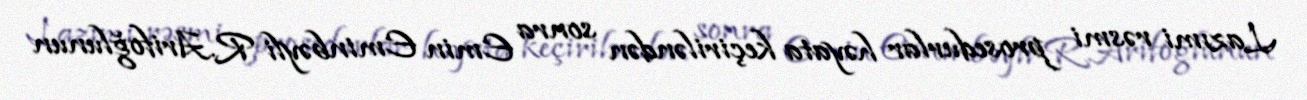
Lazımi rəsmi prosedurlar həyata keçiriləndən sonra Emin Eminbəyli R.Arifoğlunun